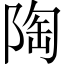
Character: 陶